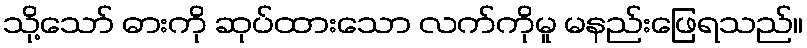
သို့သော် ဓားကို ဆုပ်ထားသော လက်ကိုမူ မနည်းဖြေရသည်။